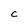
Character: c